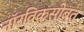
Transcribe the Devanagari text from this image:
नॉरविकसोबत